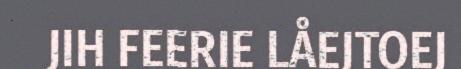
JIH FEERIE LÅEJTOEJ